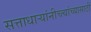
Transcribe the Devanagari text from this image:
सत्ताधार्‍यांनीच्त्यांच्यासाठी